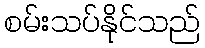
စမ်းသပ်နိုင်သည်